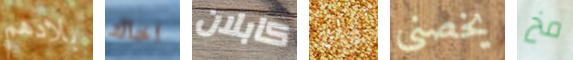
بلادهم اخاك كابلان حركي يخصنى مخ